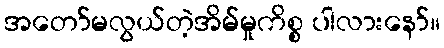
အတော်မလွယ်တဲ့အိမ်မှုကိစ္စ ပါလားနော်။